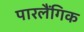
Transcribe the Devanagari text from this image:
पारलैंगिक